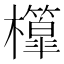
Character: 𣠘